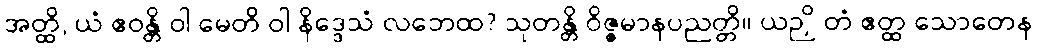
အတ္ထိ, ယံ ဧဝန္တိ ဝါ မေတိ ဝါ နိဒ္ဒေသံ လဘေထ? သုတန္တိ ဝိဇ္ဇမာနပညတ္တိ။ ယဉှိ တံ ဧတ္ထ သောတေန